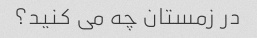
در زمستان چه می کنید؟